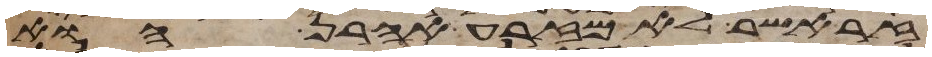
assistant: זר אשר לא מזרע אהרן הוא